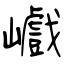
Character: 巇